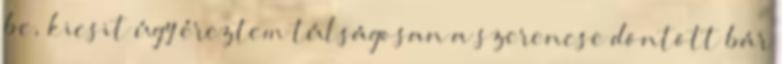
be, kicsit úgy éreztem túlságosan a szerencse döntött bár